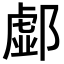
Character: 𨝹